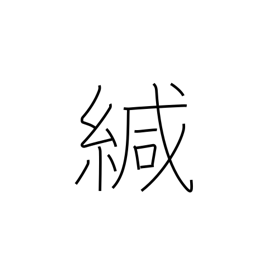
Meaning: seal